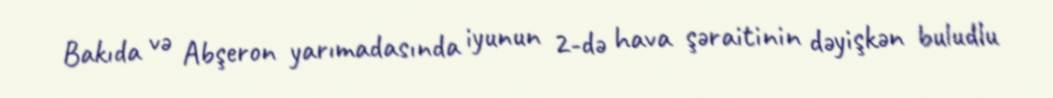
Bakıda və Abşeron yarımadasında iyunun 2-də hava şəraitinin dəyişkən buludlu